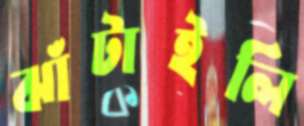
ঝাঁটাইলি